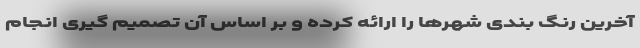
آخرین رنگ بندی شهرها را ارائه کرده و بر اساس آن تصمیم گیری انجام